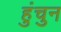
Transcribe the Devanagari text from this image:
हुंचुन